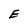
Character: E